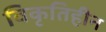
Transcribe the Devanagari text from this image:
विकृतिहीन